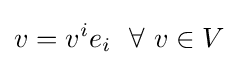
v=v^{i}e_{i}\ \ \forall \ v\in V